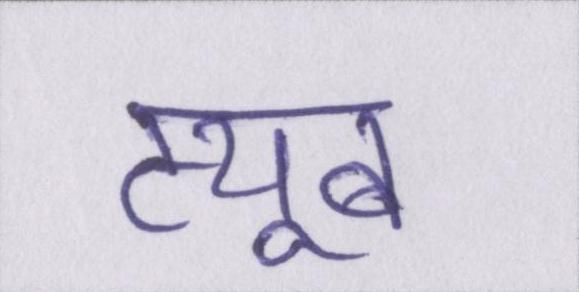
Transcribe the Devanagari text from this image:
ट्यूब